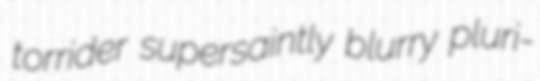
torrider supersaintly blurry pluri-